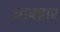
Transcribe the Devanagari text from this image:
ब्यबहार